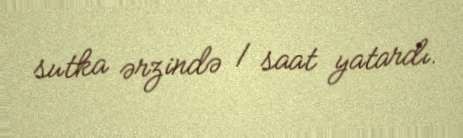
sutka ərzində 1 saat yatardı.